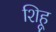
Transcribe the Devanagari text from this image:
शिहू